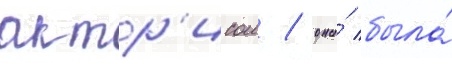
актр'исои / она́ была́